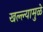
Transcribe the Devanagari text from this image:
खल्ल्यामुळे